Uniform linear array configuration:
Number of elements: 48
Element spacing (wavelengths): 0.75
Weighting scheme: kaiser
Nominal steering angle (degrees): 60
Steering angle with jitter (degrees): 59.511
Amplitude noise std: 0.05
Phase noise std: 0.05

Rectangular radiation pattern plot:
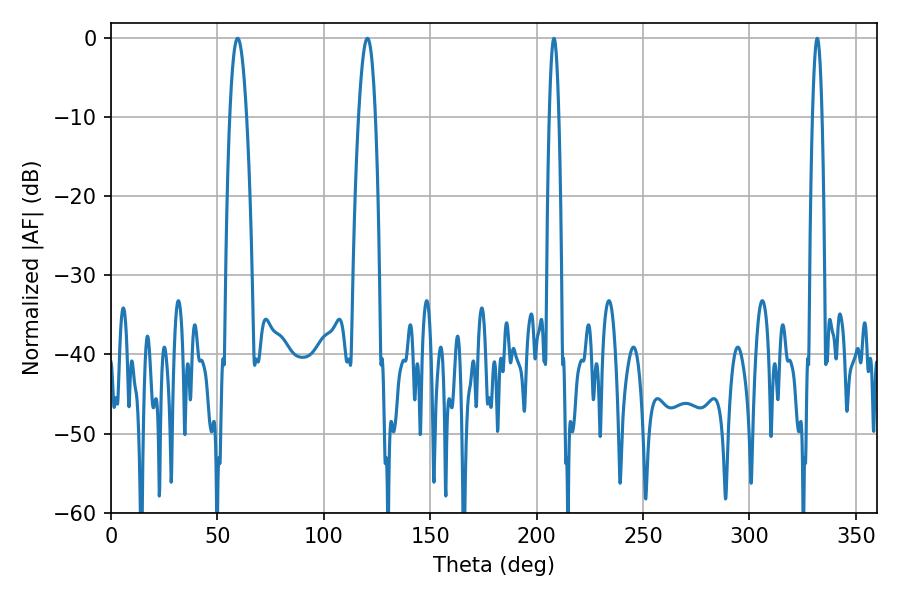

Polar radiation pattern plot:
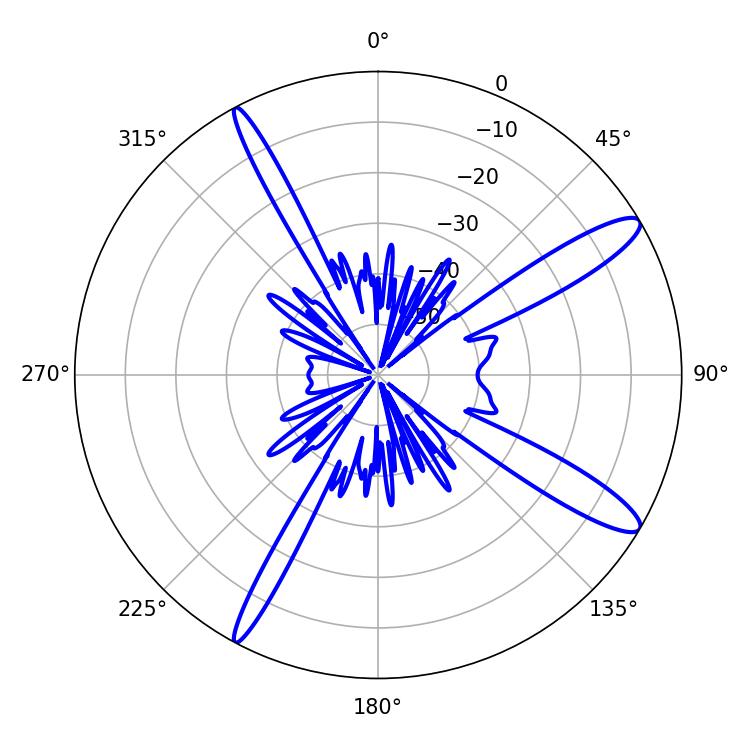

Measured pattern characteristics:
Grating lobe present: TRUE
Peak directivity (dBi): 13.115
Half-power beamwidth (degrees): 4.32
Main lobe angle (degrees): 120.42